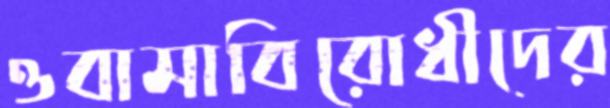
ওবামাবিরোধীদের